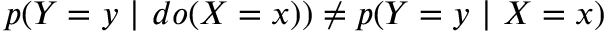
p ( Y = y ~ \vert ~ d o ( X = x ) ) \neq p ( Y = y ~ \vert ~ X = x )